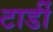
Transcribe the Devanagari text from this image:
टार्डी